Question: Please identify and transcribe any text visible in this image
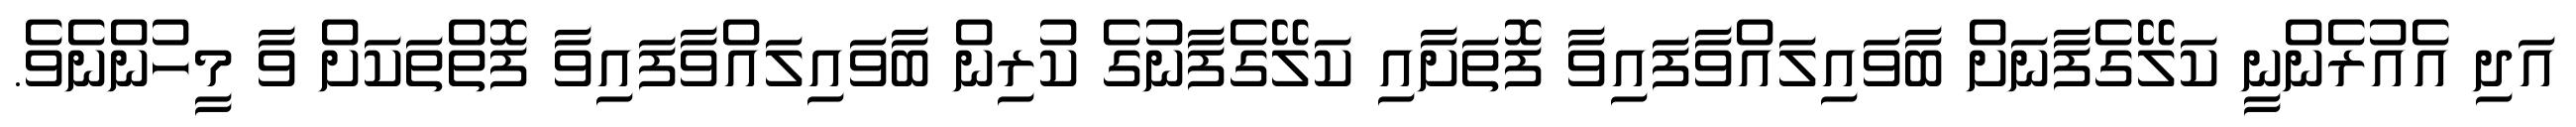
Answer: އަދި އެއުރެންނީ ކަލޭގެފާނަށް ބާވައިލައްވާފައިވާ ފޮތަށާއި ކަލޭގެފާނުގެ ކުރިން ބާވައިލައްވާފައިވާ ފޮތްތަކަށް ވާ މީހުންނެވެ.